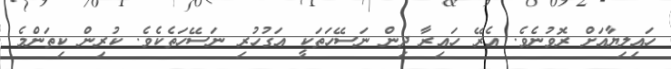
ހައިލިޔާއަށް ރޮވުނެވެ. އެރޭ ހައިރާ ދިން ނަސޭހަތަކީ އަގުހުރި ނަސޭހަތެކެވެ. ކުރިން ކިތަންމެ